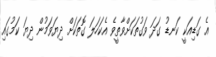
އެ ގަޑިއަކީ ކަނޑު ގަދަ ވަގުތަކަށްވާތީވެ އެކަހަލަ ގޮތަކަށް ދިޔަވަމުން ދިޔަ ކަމުގައި